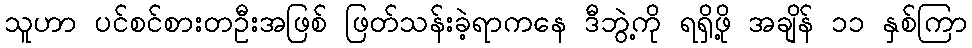
သူဟာ ပင်စင်စားတဦးအဖြစ် ဖြတ်သန်းခဲ့ရာကနေ ဒီဘွဲ့ကို ရရှိဖို့ အချိန် ၁၁ နှစ်ကြာ